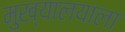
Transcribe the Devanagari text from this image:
मुख्यालयाला